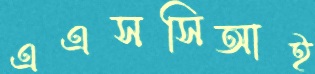
এএসসিআই